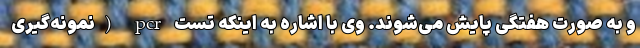
و به صورت هفتگی پایش می‌شوند. وی با اشاره به اینکه تست pcr (نمونه‌گیری